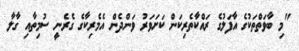
"މި ބާވަތްތަކުގެ އާފަލުގެ ރައްކާތެރިކަން ކަށަވަރު ވަންދެން އެމެރިކާގެ ގެރެނީ ސުމިތާއި ގާލާ